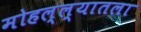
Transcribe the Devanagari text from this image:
मोहल्ल्यातला